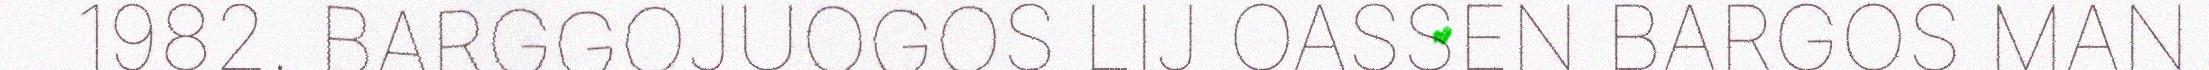
1982. BARGGOJUOGOS LIJ OASSEN BARGOS MAN